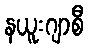
နယူးဂျာစီ